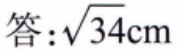
答：\(\sqrt{34}\text{cm}\)